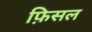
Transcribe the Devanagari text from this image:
फ़िसल